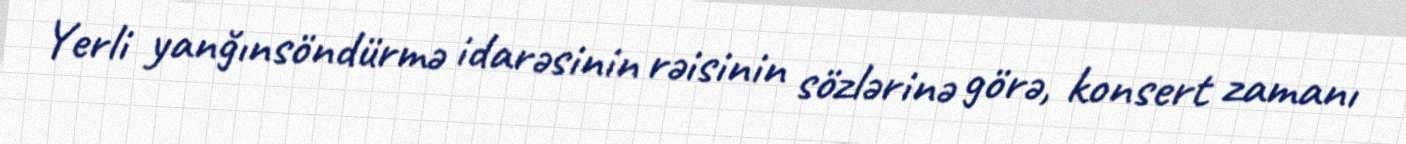
Yerli yanğınsöndürmə idarəsinin rəisinin sözlərinə görə, konsert zamanı